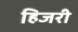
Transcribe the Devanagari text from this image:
हिजरी